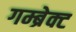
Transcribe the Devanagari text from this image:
गम्ब्रेक्ट